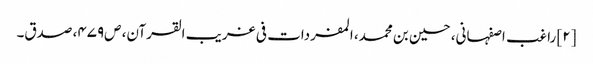
[۲] راغب اصفہانی، حسین بن محمد، المفردات فی غریب القرآن، ص‌۴۷۹، صدق۔